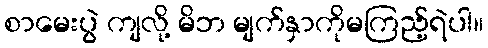
စာမေးပွဲ ကျလို့ မိဘ မျက်နှာကိုမကြည့်ရဲပါ။